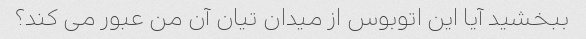
ببخشید آیا این اتوبوس از میدان تیان آن من عبور می کند؟